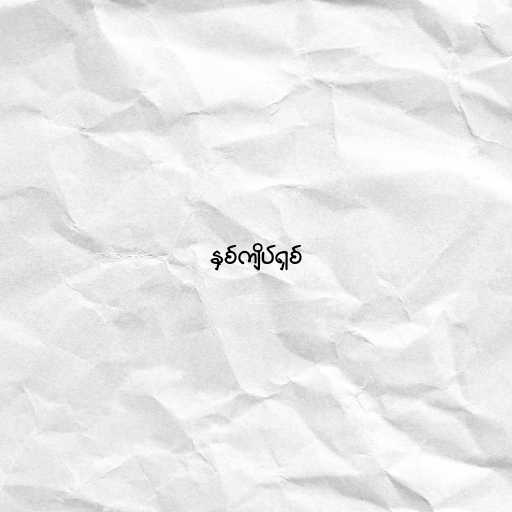
နှစ်ကျိပ်ရှစ်